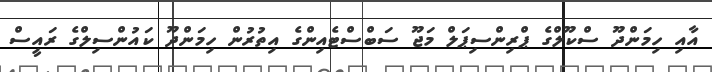
އާއި ހިމަންދޫ ސްކޫލްގެ ޕްރިންސިޕަލް މަޖޫ ސަބްސްޓެއިންގެ އިތުރުން ހިމަންދޫ ކައުންސިލްގެ ރައީސް